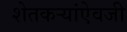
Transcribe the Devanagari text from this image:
शेतकऱ्यांऐवजी